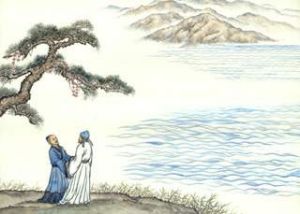
寒笛对京口，故人在襄阳。